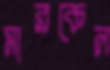
মারকেল